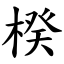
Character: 楑